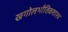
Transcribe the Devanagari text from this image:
खगोलभौतिकशास्त्र